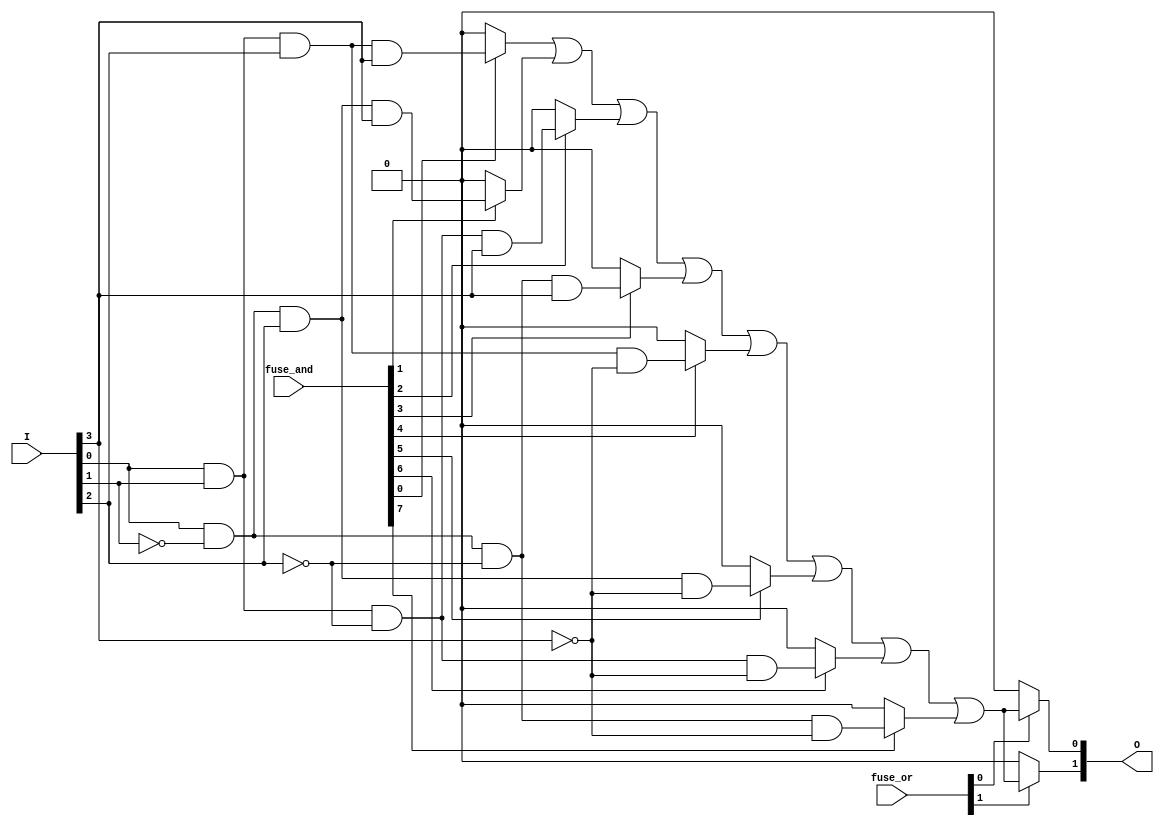
module PLA (
    input  wire [N-1:0] I,       // Input lines (I1, I2, ..., In)
    input  wire [M-1:0] fuse_and, // Fuse configuration for AND plane
    input  wire [M-1:0] fuse_or,  // Fuse configuration for OR plane
    output wire [P-1:0] O         // Output lines (O1, O2, ..., Om)
);
    parameter N = 4; // Number of inputs
    parameter M = 8; // Number of product terms
    parameter P = 2; // Number of outputs

    // Internal signals for product terms
    wire [M-1:0] P_terms;
    
    // AND Plane: Generate product terms
    genvar i, j;
    generate
        for (i = 0; i < M; i = i + 1) begin : and_plane
            assign P_terms[i] = (fuse_and[i] == 1'b1) ? 
                (I[0] & (i[0] ? ~I[1] : I[1]) & (i[1] ? ~I[2] : I[2]) & (i[2] ? ~I[3] : I[3])) : 1'b0;
        end
    endgenerate

    // OR Plane: Generate outputs based on product terms
    generate
        for (j = 0; j < P; j = j + 1) begin : or_plane
            assign O[j] = (fuse_or[j] == 1'b1) ? (P_terms[0] | P_terms[1] | P_terms[2] | P_terms[3] | 
                                                  P_terms[4] | P_terms[5] | P_terms[6] | P_terms[7]) : 1'b0;
        end
    endgenerate

endmodule